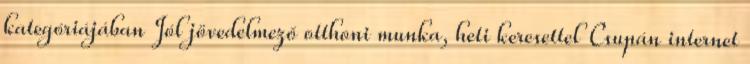
kategóriájában Jól jövedelmező otthoni munka, heti keresettel Csupán internet